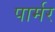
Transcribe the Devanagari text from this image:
पार्मर